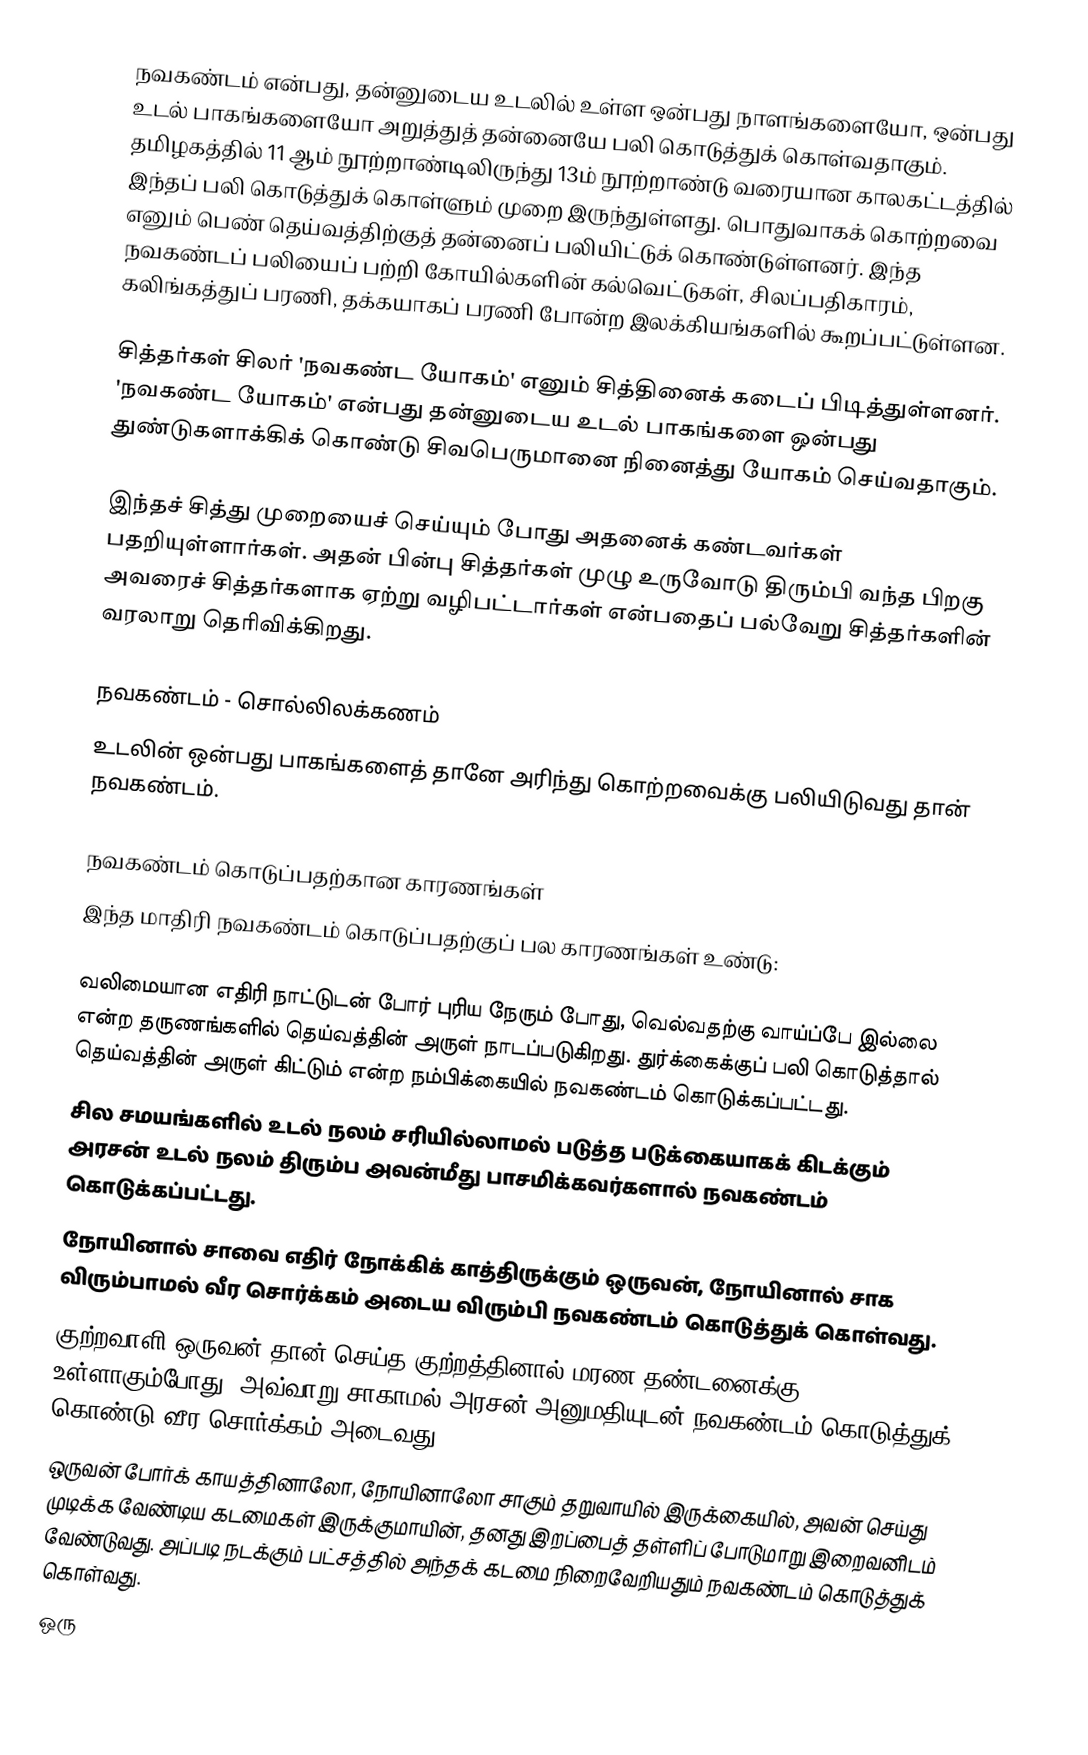
நவகண்டம் என்பது, தன்னுடைய உடலில் உள்ள ஒன்பது நாளங்களையோ, ஒன்பது உடல் பாகங்களையோ அறுத்துத் தன்னையே பலி கொடுத்துக் கொள்வதாகும். தமிழகத்தில் 11 ஆம் நூற்றாண்டிலிருந்து 13ம் நூற்றாண்டு வரையான காலகட்டத்தில் இந்தப் பலி கொடுத்துக் கொள்ளும் முறை இருந்துள்ளது. பொதுவாகக் கொற்றவை எனும் பெண் தெய்வத்திற்குத் தன்னைப் பலியிட்டுக் கொண்டுள்ளனர். இந்த நவகண்டப் பலியைப் பற்றி கோயில்களின் கல்வெட்டுகள், சிலப்பதிகாரம், கலிங்கத்துப் பரணி, தக்கயாகப் பரணி போன்ற இலக்கியங்களில் கூறப்பட்டுள்ளன.

சித்தர்கள் சிலர் 'நவகண்ட யோகம்' எனும் சித்தினைக் கடைப் பிடித்துள்ளனர். 'நவகண்ட யோகம்' என்பது தன்னுடைய உடல் பாகங்களை ஒன்பது துண்டுகளாக்கிக் கொண்டு சிவபெருமானை நினைத்து யோகம் செய்வதாகும்.

இந்தச் சித்து முறையைச் செய்யும் போது அதனைக் கண்டவர்கள் பதறியுள்ளார்கள். அதன் பின்பு சித்தர்கள் முழு உருவோடு திரும்பி வந்த பிறகு அவரைச் சித்தர்களாக ஏற்று வழிபட்டார்கள் என்பதைப் பல்வேறு சித்தர்களின் வரலாறு தெரிவிக்கிறது.

நவகண்டம் - சொல்லிலக்கணம்
உடலின் ஒன்பது பாகங்களைத் தானே அரிந்து கொற்றவைக்கு பலியிடுவது தான் நவகண்டம்.

நவகண்டம் கொடுப்பதற்கான காரணங்கள்
இந்த மாதிரி நவகண்டம் கொடுப்பதற்குப் பல காரணங்கள் உண்டு:

 வலிமையான எதிரி நாட்டுடன் போர் புரிய நேரும் போது, வெல்வதற்கு வாய்ப்பே இல்லை என்ற தருணங்களில் தெய்வத்தின் அருள் நாடப்படுகிறது. துர்க்கைக்குப் பலி கொடுத்தால் தெய்வத்தின் அருள் கிட்டும் என்ற நம்பிக்கையில் நவகண்டம் கொடுக்கப்பட்டது.
 சில சமயங்களில் உடல் நலம் சரியில்லாமல் படுத்த படுக்கையாகக் கிடக்கும் அரசன் உடல் நலம் திரும்ப அவன்மீது பாசமிக்கவர்களால் நவகண்டம் கொடுக்கப்பட்டது.
 நோயினால் சாவை எதிர் நோக்கிக் காத்திருக்கும் ஒருவன், நோயினால் சாக விரும்பாமல் வீர சொர்க்கம் அடைய விரும்பி  நவகண்டம் கொடுத்துக் கொள்வது.
 குற்றவாளி ஒருவன் தான் செய்த குற்றத்தினால் மரண தண்டனைக்கு உள்ளாகும்போது, அவ்வாறு சாகாமல் அரசன் அனுமதியுடன் நவகண்டம் கொடுத்துக் கொண்டு வீர சொர்க்கம் அடைவது.
 ஒருவன் போர்க் காயத்தினாலோ, நோயினாலோ சாகும் தறுவாயில் இருக்கையில், அவன் செய்து முடிக்க வேண்டிய கடமைகள் இருக்குமாயின், தனது இறப்பைத் தள்ளிப் போடுமாறு இறைவனிடம் வேண்டுவது. அப்படி நடக்கும் பட்சத்தில் அந்தக் கடமை நிறைவேறியதும் நவகண்டம் கொடுத்துக்  கொள்வது.
 ஒரு